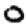
Digit: 0